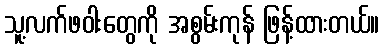
သူ့လက်ဖဝါးတွေကို အစွမ်းကုန် ဖြန့်ထားတယ်။